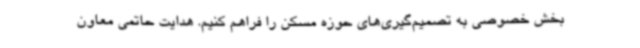
بخش خصوصی به تصمیم‌گیری‌های حوزه مسکن را فراهم کنیم. هدایت حاتمی معاون